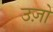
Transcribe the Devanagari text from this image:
उज़ो